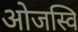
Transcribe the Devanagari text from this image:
ओजस्वि